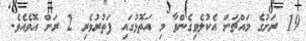
19 ރަށުގެ މައްޗަށް އެކުލެވިގެންވާ މި އަތޮޅުގައި ފަތުރުވެރި 2 ރަށް އޮވެއެވެ.